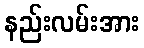
နည်းလမ်းအား